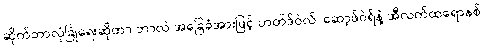
ဆိုက်ဘာလုံခြုံရေးဆိုတာ ဘာလဲ အခြေခံအားဖြင့် ဟတ်ဒ်ဝဲလ်၊ ဆော့ဖ်ဝဲရ်နဲ့ အီလက်ထရောနစ်